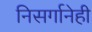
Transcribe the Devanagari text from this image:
निसर्गानेही